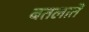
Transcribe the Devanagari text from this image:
बतलातें